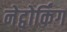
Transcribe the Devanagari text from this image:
नेट्वोर्किंग